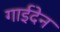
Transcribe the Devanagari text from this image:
गाईदेन